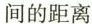
间的距离